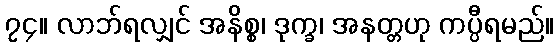
၇၄။ လာဘ်ရလျှင် အနိစ္စ၊ ဒုက္ခ၊ အနတ္တဟု ကပ္ပီရမည်။